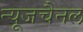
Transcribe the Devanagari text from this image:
न्यूजचैनल